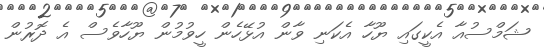
ޝަމްސުއާ އެކީގައި ޔޫހާ އެކަނި ވާން އުޅޭހެން ހީވުމުން ޔޫހާވެސް އެ ދޮރުން